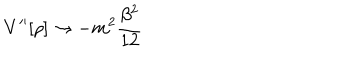
V ^ { \prime \prime } [ \rho ] \rightarrow - m ^ { 2 } \frac { \beta ^ { 2 } } { 1 2 }